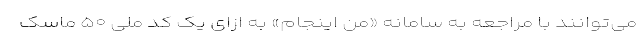
می‌توانند با مراجعه به سامانه «من اینجام» به ازای یک کد ملی ۵۰ ماسک